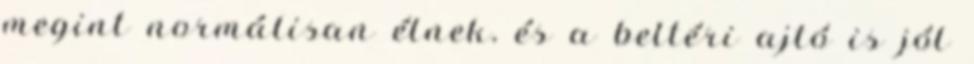
megint normálisan élnek, és a beltéri ajtó is jól